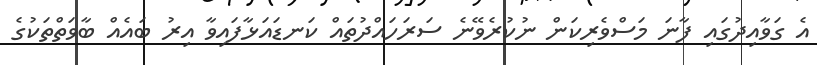
އެ ގަވާއިދުގައި ފާނަ މަސްވެރިކަން ނުކުރެވޭނެ ސަރަހައްދުތައް ކަނޑައަޅާފައިވާ އިރު ބައެއް ބާވަތްތަކުގެ